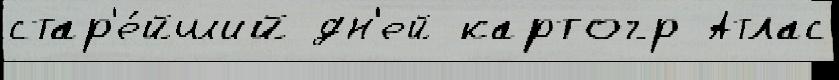
стар'е́йший дн'ей картогр Атлас